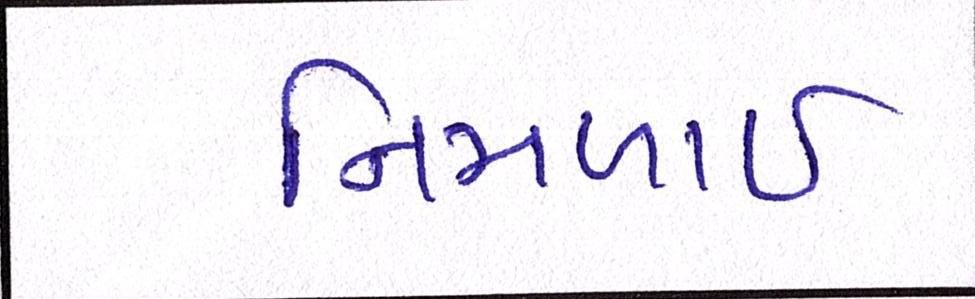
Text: નિમળાઈ